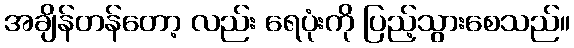
အချိန်တန်တော့ လည်း ရေပုံးကို ပြည့်သွားစေသည်။